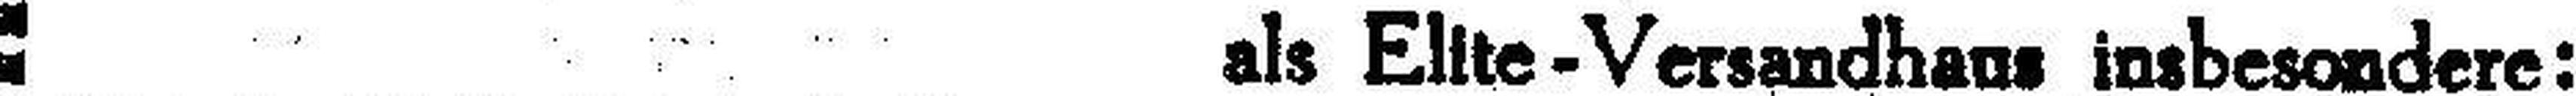
als Elite-Versandhaus insbesondere: